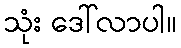
သုံး ဒေါ်လာပါ။